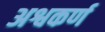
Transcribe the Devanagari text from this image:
अश्वकर्ण